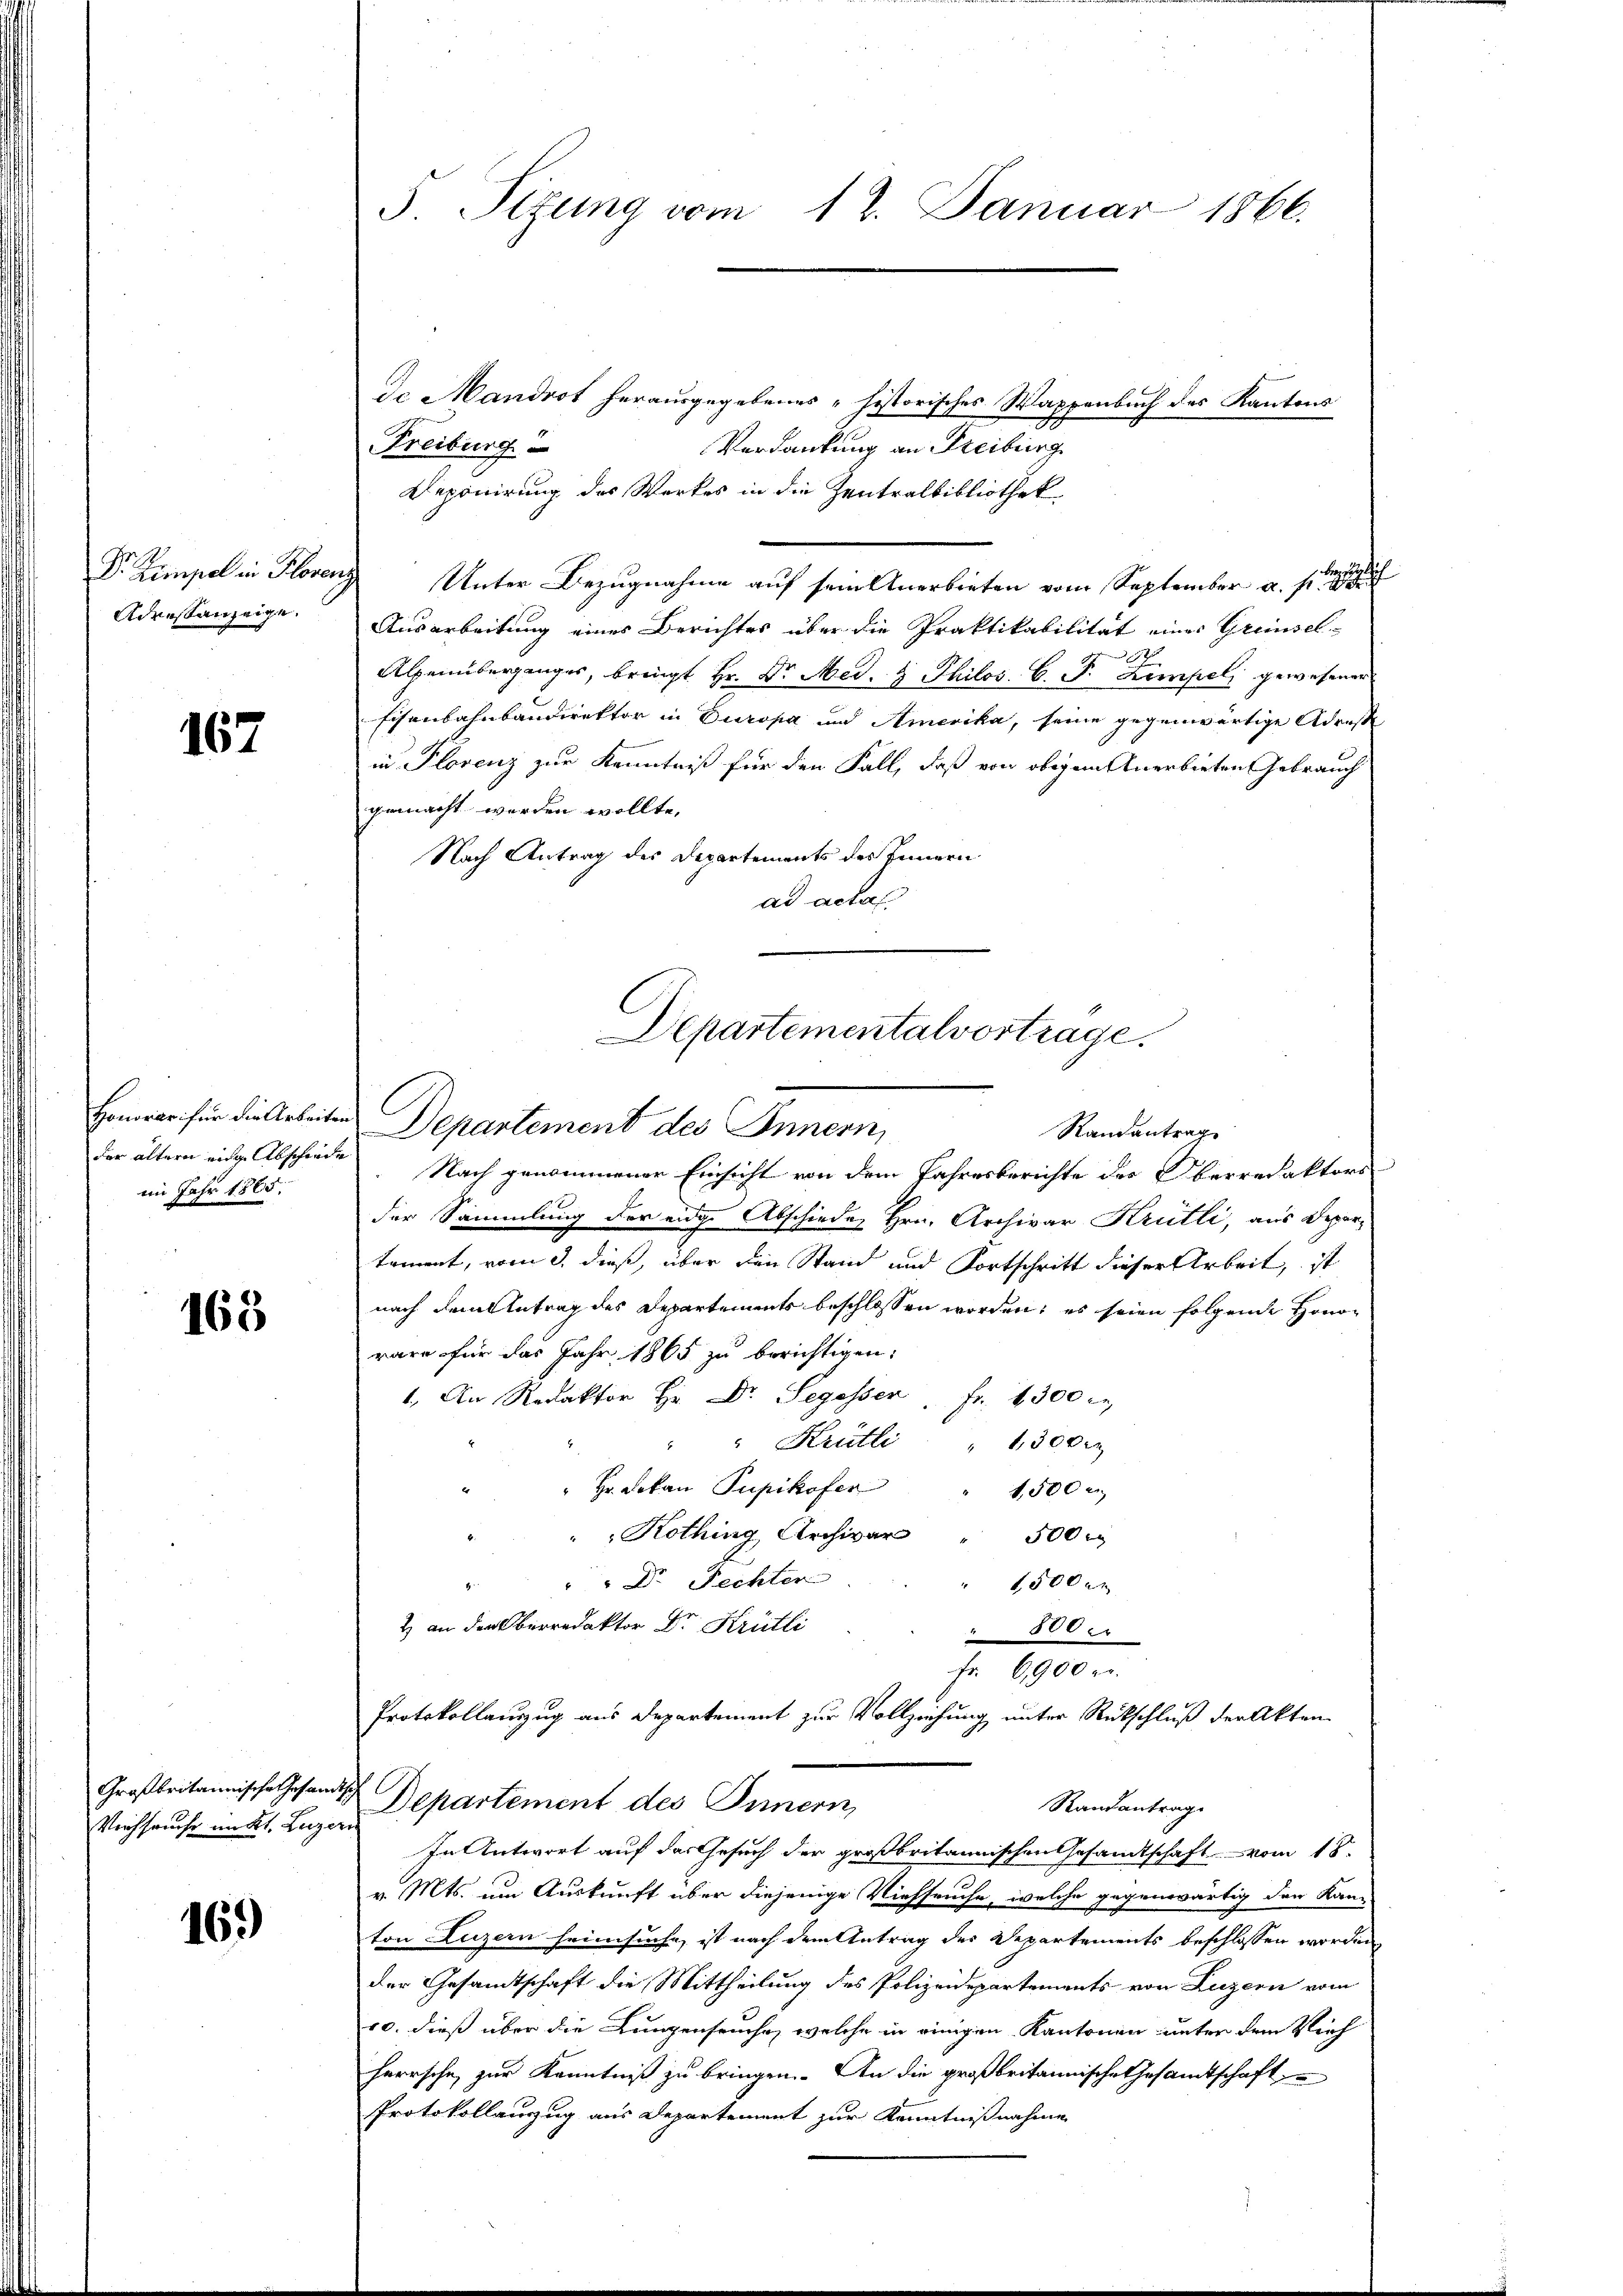
Adressanzeige.

167

im Jahr 1865.

165

Verchsuche unkt. Luzern

169

da Mandrot herausgegebenes "historisches Wappenbuch des Kantons
Freiburg
Verdankung an Freiburg
Reponirung des Werkes in die Zentralbibliothek
Dr. Zimpel in Florenz Unter Bezugnahme auf sein Anerbieten vom September a. s.
Ausarbeitung eines Berichtes über die Praktikabilität einer Grenzel
St.
Alpenüberganges, bringt Hr. Dr. Med. 8 Philos. C. P. Kempel gewesener
Eisenbahnbandirektor in Europa und Amerika, seine gegenwärtige Adreste
in Plorenz zur Kenntniß für den Fall, daß von obigem Anerbieten Gebrauch
gemacht werden wollte,
Nach Antrag des Departements des Innern
ad actal.
Honorar für die Arbeiten Departement des Innern,
der ältern eine Abschiede Nach genommener Einsicht von dem Jahresberichte der Oberredaktors
der Sammlung der eige Abschiedes Hrn. Archivar Krütli, aus Depar-
tament, vom 3. dieß, über den Stand und Fortschritt dieser Arbeit, ist
nach dem Antrag des Departements beschlossen worden; es seien folgende Honoräre für das Jahr 1865 zu berichtigen.
1. An Redaktor Hr. Dr. Segesser, Fr. 4300
" " Krütli " 13000
" " Hr. Dokan Pupikofer
1,500 r
Kothing Archivar
500 r
 Dr Fechter
1,500 c
2) an den Oberredaktor Dr. Krütli
500.
Fr. 6900 er
Protokollauszug aus Departement zur Vollziehung unter Rückschluß der Akten

3 Sizung vom 12. Januar 1866.

Departementalvortrage.
Randantrag

Großbritannische Gesandtsch Departement des Innern,
Randantrag.

In Antwort auf das Gesuch der großbritannischen Gesandtschaft vom 18.
v. Mts. um Auskunft über diejenige Viehseuche, welche gegenwärtig den Kan-
ton Luzern heimsuche, ist nach dem Antrag des Departements beschlossen worden
der Gesandtschaft die Mittheilung des Polizeidepartements von Luzern vom
10. dieß über die Lungenseuche, welche in einigen Kantonen unter dem Vieh
herrsche, zur Kenntniß zu bringen. An die großbritannische Gesamtschaft
Protokollanzug aus Departement zur Kenntnißnahme